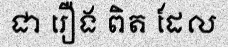
ជា រឿង ពិត ដែល